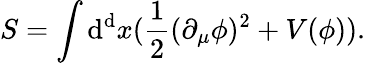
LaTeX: S=\int\mathrm{d}^{\mathrm{d}}x(\frac{{1}}{{2}}(\partial_{\mu}\phi)^{2}+V(\phi)).